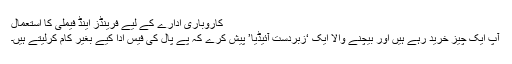
کاروباری ادارے کے لیے فرینڈز اینڈ فیملی کا استعمال
آپ ایک چیز خرید رہے ہیں اور بیچنے والا ایک ‘زبردست آئیڈیا’ پیش کرے کہ پے پال کی فیس ادا کیے بغیر کام کرلیتے ہیں۔